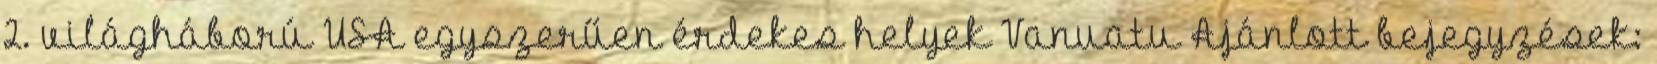
2. világháború USA egyszerűen érdekes helyek Vanuatu Ajánlott bejegyzések: